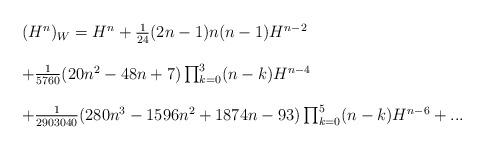
LaTeX: \begin{align*}\begin{array}{l}(H^{n})_{W} = H^{n} + \frac{1}{24}(2n-1)n(n-1)H^{n-2} \\ \\+\frac{1}{5760}(20n^{2}-48n+7)\prod_{k=0}^{3}(n-k) H^{n-4} \\ \\ +\frac{1}{2903040}(280n^{3}-1596n^{2}+1874n-93)\prod_{k=0}^{5}(n-k)H^{n-6} +... \end{array} \end{align*}